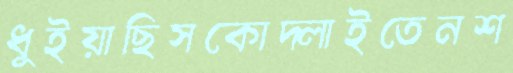
ধুইয়াছিসকোদ্‌লাইতেনশ